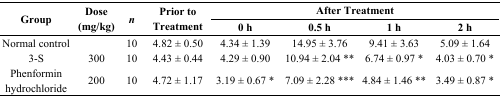
<table><thead><tr><td rowspan="2"><b>Group</b></td><td rowspan="2"><b>Dose (mg/kg)</b></td><td rowspan="2"><b><i>n</i></b></td><td rowspan="2"><b>Prior to Treatment</b></td><td colspan="4"><b>After Treatment</b></td></tr><tr><td><b>0 h</b></td><td><b>0.5 h</b></td><td><b>1 h</b></td><td><b>2 h</b></td></tr></thead><tbody><tr><td>Normal control</td><td></td><td>10</td><td>4.82 ± 0.50</td><td>4.34 ± 1.39</td><td>14.95 ± 3.76</td><td>9.41 ± 3.63</td><td>5.09 ± 1.64</td></tr><tr><td>3-S</td><td>300</td><td>10</td><td>4.43 ± 0.44</td><td>4.29 ± 0.90</td><td>10.94 ± 2.04 **</td><td>6.74 ± 0.97 *</td><td>4.03 ± 0.70 *</td></tr><tr><td>Phenformin hydrochloride</td><td>200</td><td>10</td><td>4.72 ± 1.17</td><td>3.19 ± 0.67 *</td><td>7.09 ± 2.28 ***</td><td>4.84 ± 1.46 **</td><td>3.49 ± 0.87 *</td></tr></tbody></table>